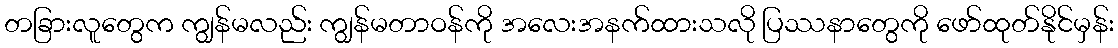
တခြားလူတွေက ကျွန်မလည်း ကျွန်မတာဝန်ကို အလေးအနက်ထားသလို ပြဿနာတွေကို ဖော်ထုတ်နိုင်မှန်း